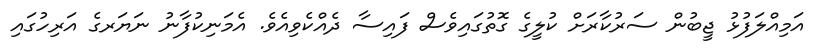
އަމިއްލަފުޅު ޖީބުން ސަރުކާރަށް ކުލީގެ ގޮތުގައިވެސް ފައިސާ ދެއްކެވިއެވެ. އެމަނިކުފާނު ނަޔަރގެ އަރިހުގައި